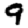
Digit: 9